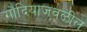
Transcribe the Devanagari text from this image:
गोंदियाजवळील